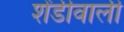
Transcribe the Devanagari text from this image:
शेंडीवाली